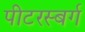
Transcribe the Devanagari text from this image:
पीटरस्बर्ग